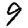
Digit: 9